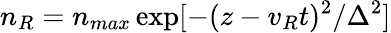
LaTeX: n_{R}=n_{max}\exp[-(z-v_{R}t)^{2}/\Delta^{2}]